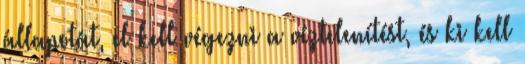
állapotát, el kell végezni a víztelenítést, és ki kell